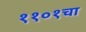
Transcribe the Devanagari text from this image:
११०१चा